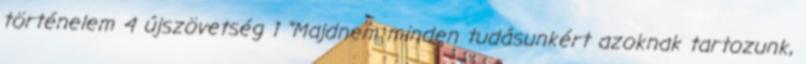
történelem 4 újszövetség 1 "Majdnem minden tudásunkért azoknak tartozunk,